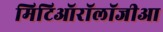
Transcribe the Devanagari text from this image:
मिटिऑरॉलॉजीआ